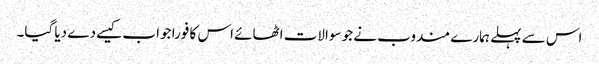
اس سے پہلے ہمارے مندوب نے جو سوالات اٹھائے اس کا فورا جواب کیسے دے دیا گیا۔